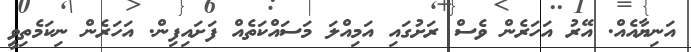
އަނިޔާއެއް. އޭރު އަހަރެން ވެސް ރަށުގައި އަމިއްލަ މަސައްކަތެއް ފަށައިފިން. އަހަރެން ނިކަމެތިވީ